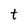
Character: t